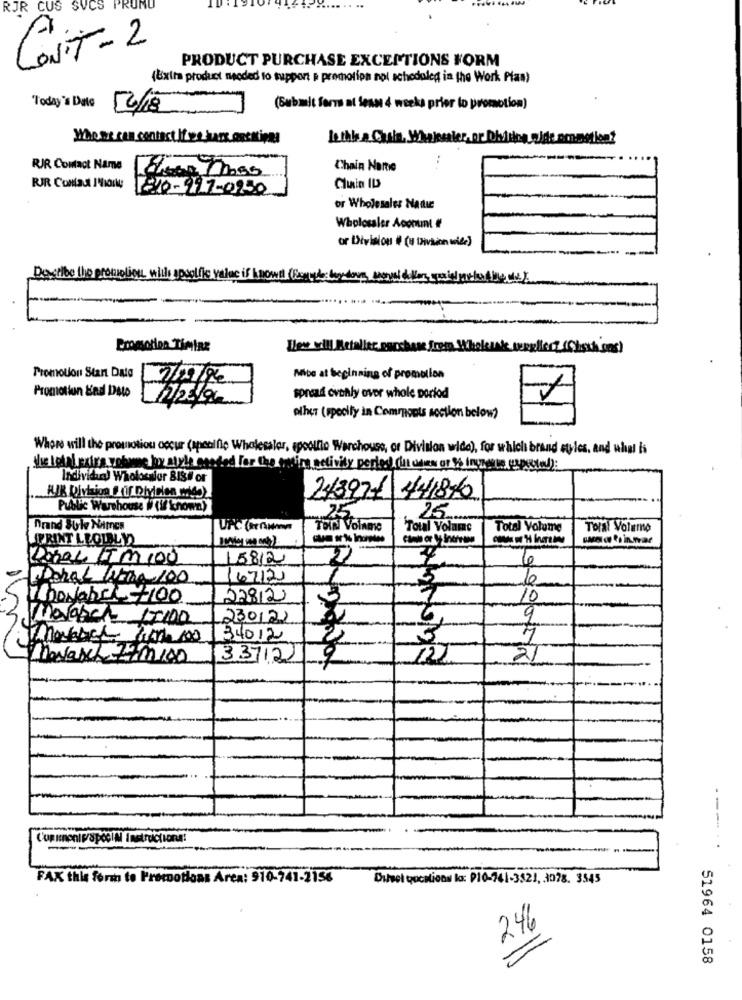
RJR CUS SVCS
PROMO
CONIT-2
PRODUCT PURCHASE EXCEPTIONS FORM
(Extra product needed to support e promotion nol scheduled in the Work Plan)
Today's Date
12/18
(Submit form at Sean 4 weeks prior to promotion)
Who are can contact i've are onsitions
RJR Contact Name
Chain Narte
RJR Contact IMIoily
1-10-997-0950
Cluin ID
or Wholesales Natie
Wholesaler Acomumnt #
or Division # ( Division with)
Dastibe the promotion will apacific vaine if nowe (Boggles boy do
Promotion Timiaz
Tew will Betalier purchase frem
upplied (Chioch cas)
Promotion Stan Data
7/02/96
Mos at beginning of promotion
Promotion &ind Dato
spread cvonly over whole porłod
1
elher (specify in Comments section below?
Whore will the promotion occur (apcalfie Wholesaler, epoollto Warchouss, or Division wide), for which brand etles, and what is
the total extra yokme by atyle onsded For the entire activity period) (it does or 36 inyrente wyposted):
Individual Wholocalur BIS# or
243971 441876
Public Warehouse # (if known)
25
Drand SUle Names
Total Volume
Total Valame
Toral Volemo
PRINT LEOULLY
Porel LIM100
158/2
DohaL Were 100
16712
MboNahe£100
228/2
3
10
230121
6
9
34012
2
5
7
33712
9
---...
FAX this form to Promotions Area: 910-741-2156
Dubbel pocations la: P10-741-3321, 1078. 3545
246
=
51964 0158